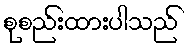
စုစည်းထားပါသည်